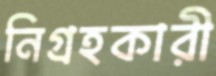
নিগ্রহকারী